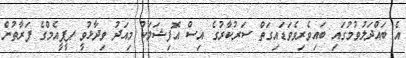
އެ ބައްދަލުވުމުގައި ބައިވެރިވެވަޑައިގަތް ސަރުކާރުގެ އިސް އޮފިޝަލަކު މިއަދު ވިދާޅުވީ ޕީޕީއެމްގެ ފަރާތުން